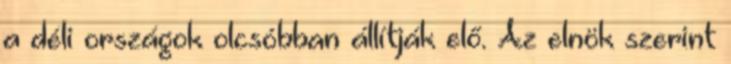
a déli országok olcsóbban állítják elő. Az elnök szerint